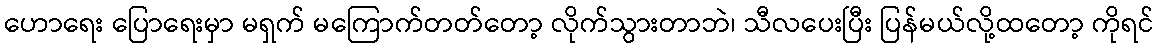
ဟောရေး ပြောရေးမှာ မရှက် မကြောက်တတ်တော့ လိုက်သွားတာဘဲ၊ သီလပေးပြီး ပြန်မယ်လို့ထတော့ ကိုရင်